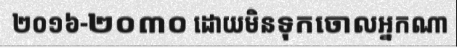
២០១៦-២០៣០ ដោយមិនទុកចោលអ្នកណា